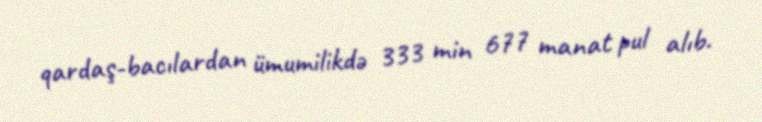
qardaş-bacılardan ümumilikdə 333 min 677 manat pul alıb.